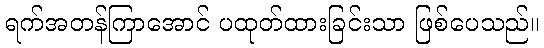
ရက်အတန်ကြာအောင် ပထုတ်ထားခြင်းသာ ဖြစ်ပေသည်။